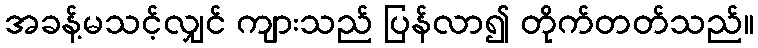
အခန့်မသင့်လျှင် ကျားသည် ပြန်လာ၍ တိုက်တတ်သည်။